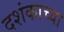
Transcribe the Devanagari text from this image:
दशंकाच्या